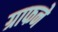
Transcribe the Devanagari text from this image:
ग्राफने